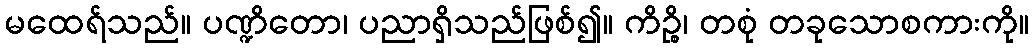
မထေရ်သည်။ ပဏ္ဍိတော၊ ပညာရှိသည်ဖြစ်၍။ ကိဉ္စိ၊ တစုံ တခုသောစကားကို။